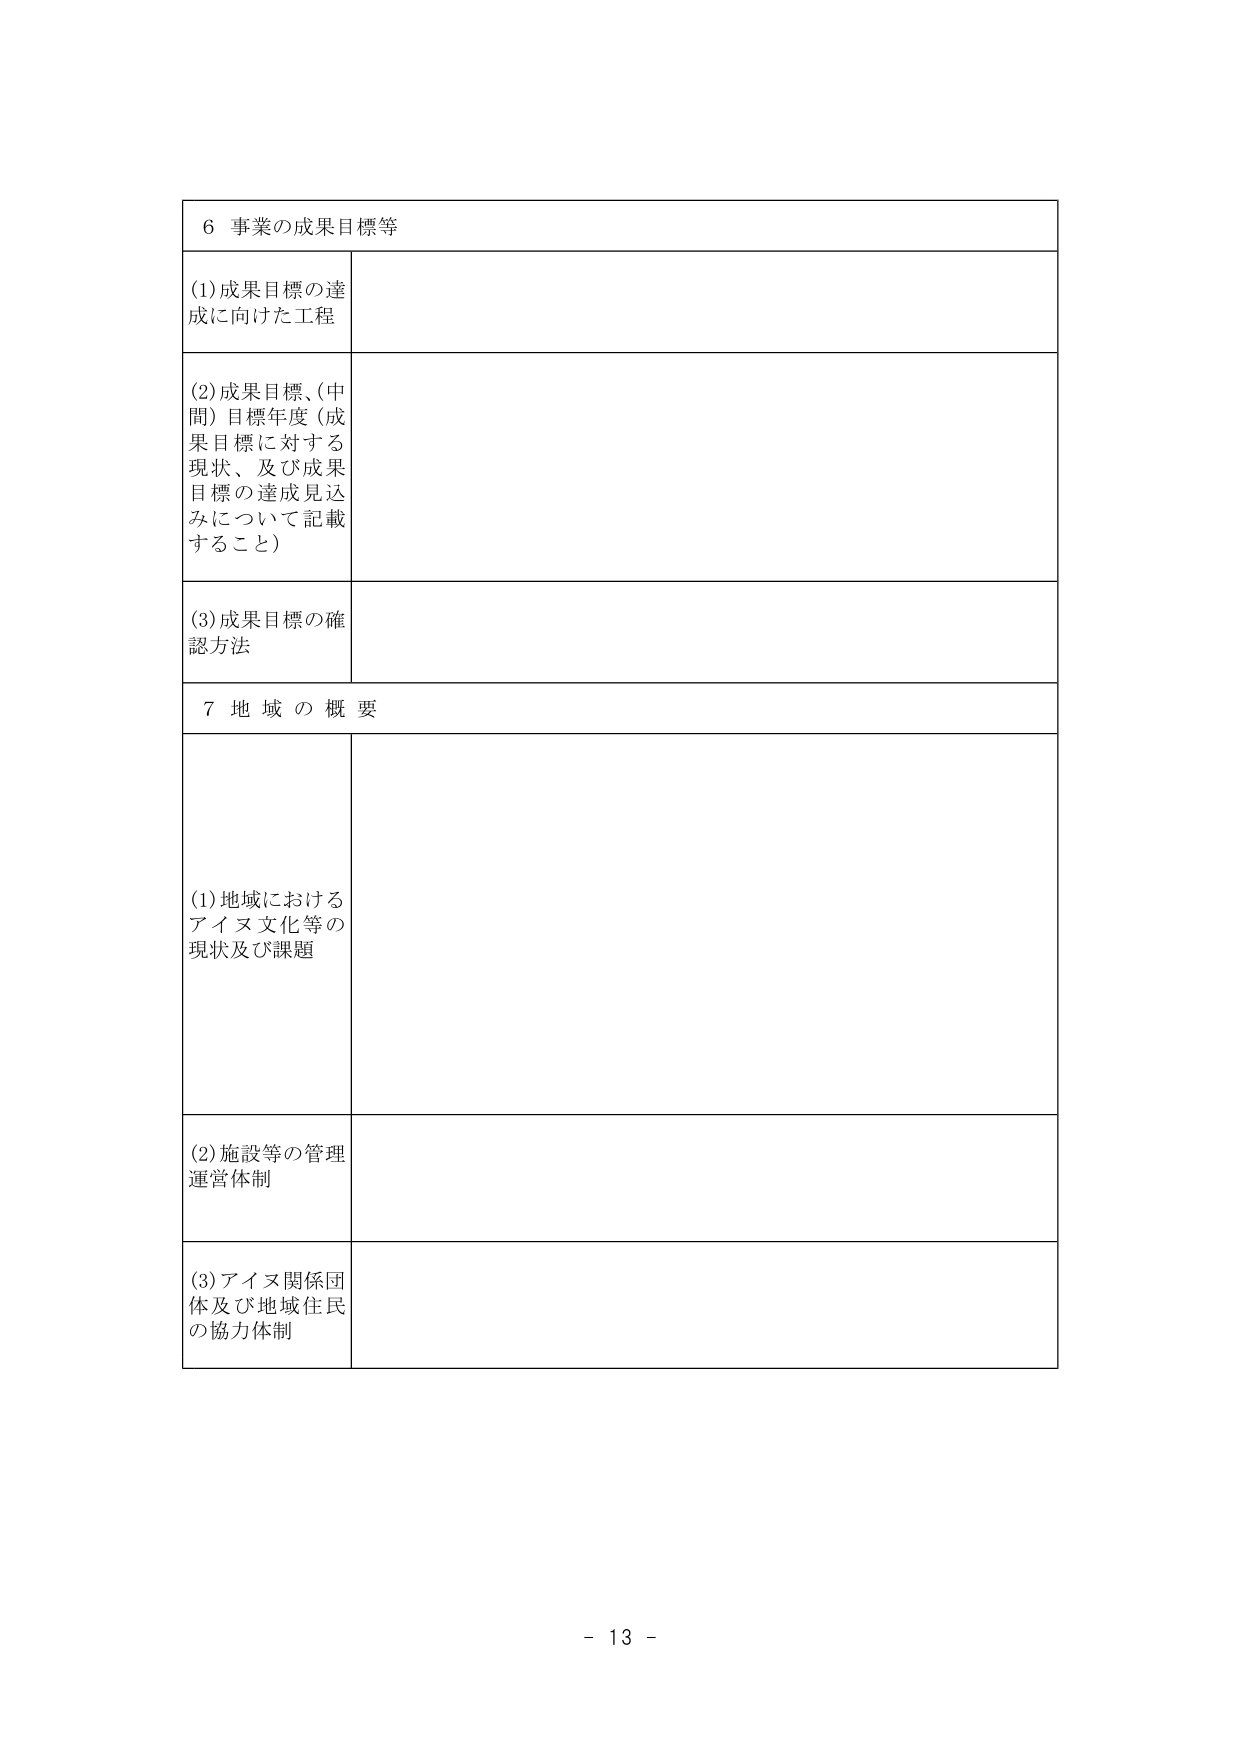
6 事業の成果目標等

(1)成果目標の達成に向けた工程

(2)成果目標、(中間)目標年度（成果目標に対する現状、及び成果目標の達成見込みについて記載すること）

(3)成果目標の確認方法

7 地域の概要

(1)地域におけるアイヌ文化等の現状及び課題

(2)施設等の管理運営体制

(3)アイヌ関係団体及び地域住民の協力体制

- 13 -